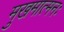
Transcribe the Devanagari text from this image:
मुखमात्मनः